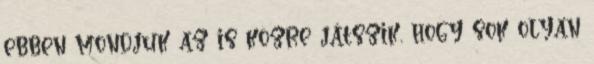
ebben mondjuk az is közre játszik, hogy sok olyan